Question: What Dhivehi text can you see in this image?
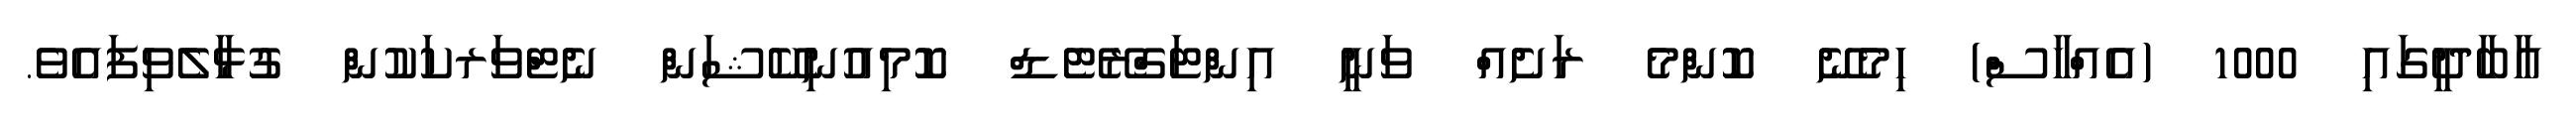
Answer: އާބާދީގައި 1000 (އެއްހާސް) ހިމެނޭ ކޮންމެ ރަށެއް ވަނީ އިންޓަގްރޭޓެޑް ކޮމިއުނިކޭޝަން ނެޓްވަރކަކުން ގުޅާލެވިފައެވެ.